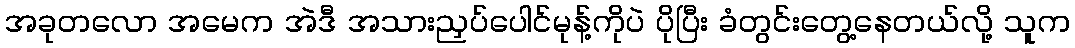
အခုတလော အမေက အဲဒီ အသားညှပ်ပေါင်မုန့်ကိုပဲ ပိုပြီး ခံတွင်းတွေ့နေတယ်လို့ သူက